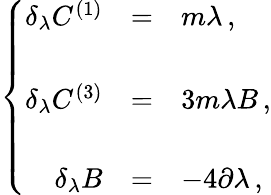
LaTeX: \left\{ \begin{array}{rcl}{{\delta_{\lambda}C^{(1)}}}&{{=}}&{{m\lambda\, ,}}\\ {{}}&{{}}&{{}}\\ {{\delta_{\lambda}C^{(3)}}}&{{=}}&{{3m\lambda B\, ,}}\\ {{}}&{{}}&{{}}\\ {{\delta_{\lambda}B}}&{{=}}&{{-4\partial\lambda\, ,}}\end{array}\right.